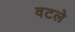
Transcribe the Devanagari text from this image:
वटले